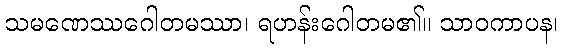
သမဏေဿဂေါတမဿာ၊ ရဟန်းဂေါတမ၏။ သာဝကာပန၊